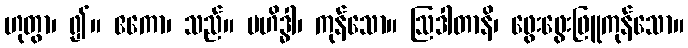
ဟုတွာ၊ ၍။ ဧကော၊ သည်။ ဗဟိဒ္ဓါ၊ ကုန်သော။ ဩဒါတာနိ၊ ဖွေးဖွေးဖြူကုန်သော။